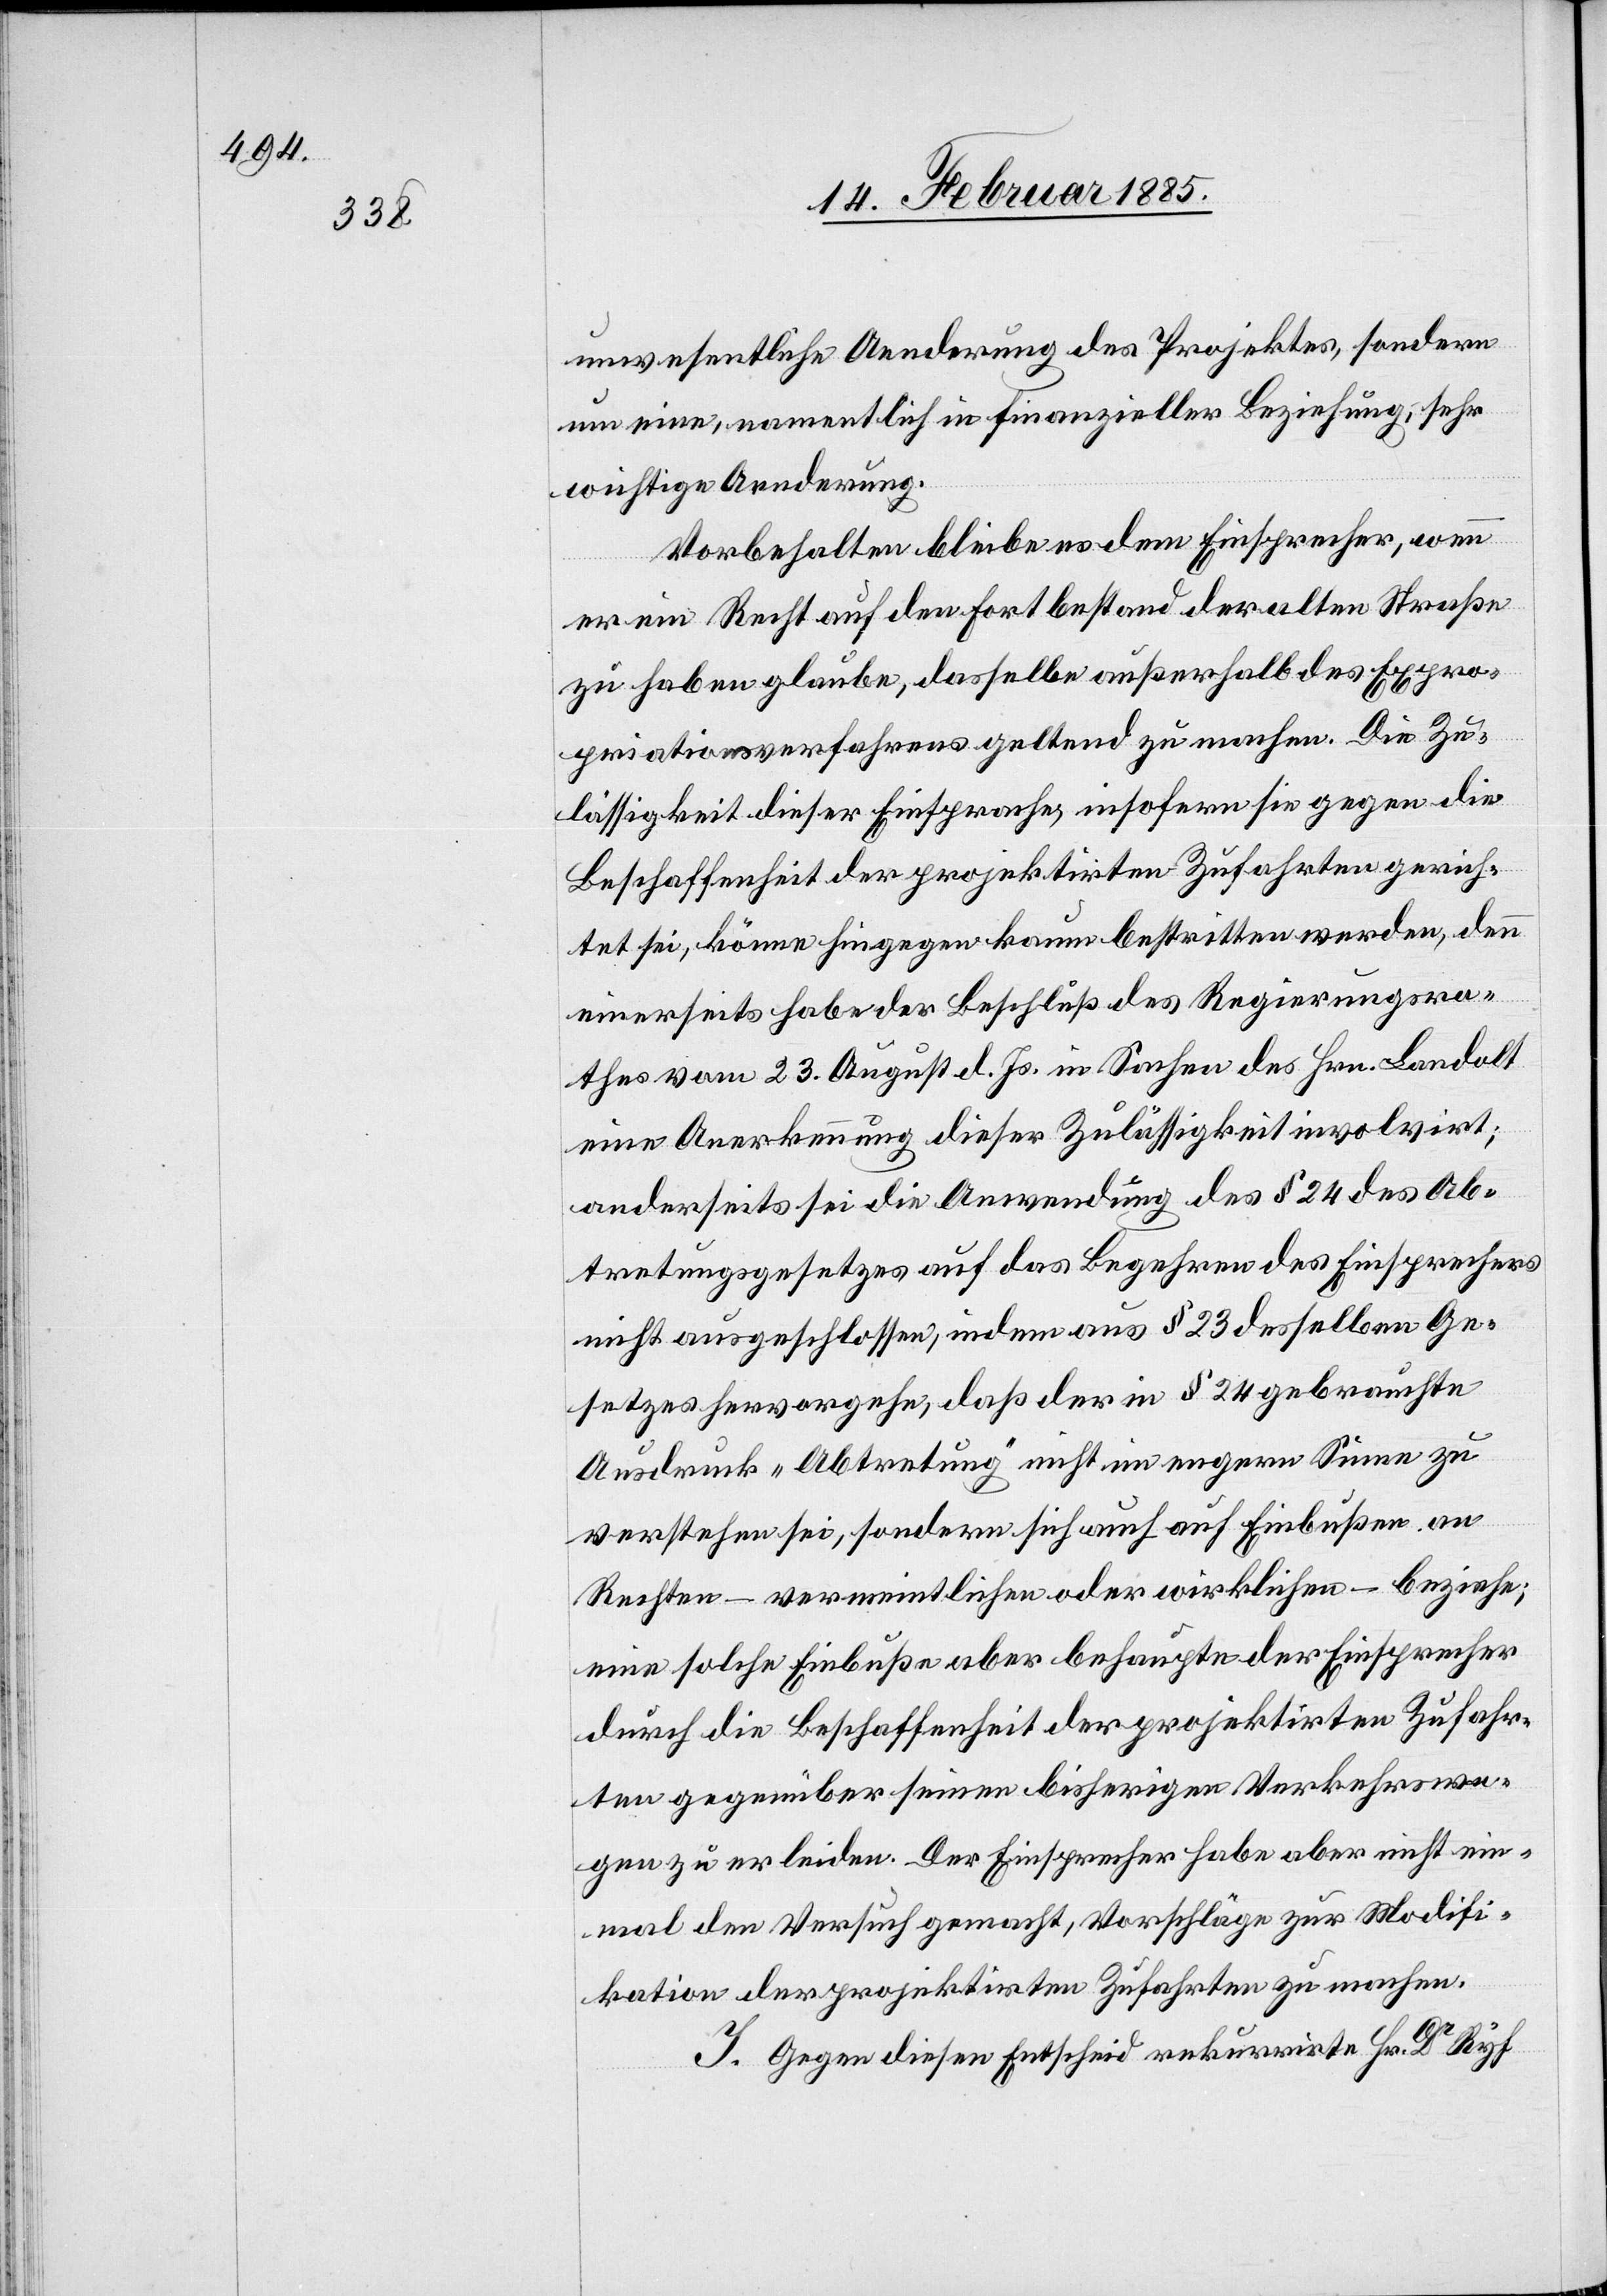
unwesentliche Aenderung des Projektes, sondern
um eine, namentlich in finanzieller Beziehung, sehr
wichtige Aenderung.
Vorbehalten bleibe es dem Einsprecher, wenn
er ein Recht auf den Fortbestand der alten Straße
zu haben glaube, dasselbe außerhalb des Expro¬
priationsverfahrens geltend zu machen. Die Zu¬
lässigkeit dieser Einsprache, insofern sie gegen die
Beschaffenheit der projektirten Zufahrten gerich¬
tet sei, könne hingegen kaum bestritten werden, denn
einerseits habe der Beschluß des Regierungsra¬
thes vom 23. August d. Js. in Sachen des Hrn. Landolt
eine Anerkennung dieser Zulässigkeit involviert;
anderseits sei die Anwendung des § 24 des Ab¬
tretungsgesetzes auf das Begehren des Einsprechers
nicht ausgeschlossen, indem aus § 23 desselben Ge¬
setzes hervorgehe, daß der in § 24 gebrauchte
Ausdruck „Abtretung“ nicht im engern Sinne zu
verstehen sei, sondern sich auch auf Einbußen an
Rechten – vermeintlichen oder wirklichen – beziehe;
eine solche Einbuße aber behaupte der Einsprecher
durch die Beschaffenheit der projektirten Zufahr¬
ten gegenüber seinen bisherigen Verkehrswe¬
gen zu erleiden. Der Einsprecher habe aber nicht ein¬
mal den Versuch gemacht, Vorschläge zur Modifi¬
kation der projektirten Zufahrten zu machen.
J. Gegen diesen Entscheid rekurrirte Hr. Dr Ryf